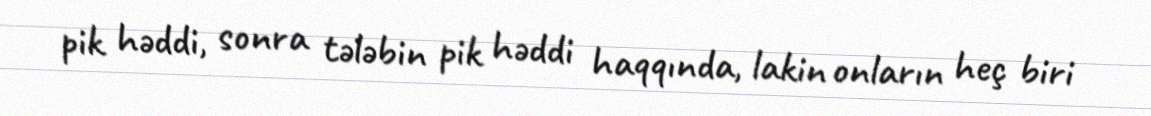
pik həddi, sonra tələbin pik həddi haqqında, lakin onların heç biri